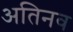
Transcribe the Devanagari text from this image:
अतिनव